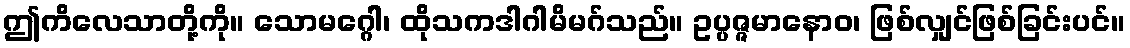
ဤကိလေသာတို့ကို။ သောမဂ္ဂေါ၊ ထိုသကဒါဂါမိမဂ်သည်။ ဥပ္ပဇ္ဇမာနောဝ၊ ဖြစ်လျှင်ဖြစ်ခြင်းပင်။